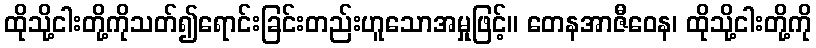
ထိုသို့ငါးတို့ကိုသတ်၍ရောင်းခြင်းတည်းဟူသောအမှုဖြင့်။ တေနအာဇီဝေန၊ ထိုသို့ငါးတို့ကို